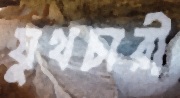
যুথচারী